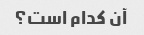
آن کدام است؟